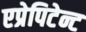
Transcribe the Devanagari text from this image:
एप्रेपिटेन्ट